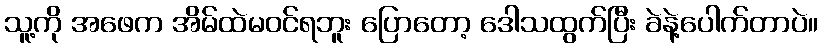
သူ့ကို အဖေက အိမ်ထဲမဝင်ရဘူး ပြောတော့ ဒေါသထွက်ပြီး ခဲနဲ့ပေါက်တာပဲ။